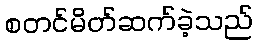
စတင်မိတ်ဆက်ခဲ့သည်